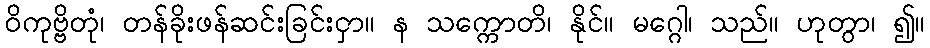
ဝိကုဗ္ဗိတုံ၊ တန်ခိုးဖန်ဆင်းခြင်းငှာ။ န သက္ကောတိ၊ နိုင်။ မဂ္ဂေါ၊ သည်။ ဟုတွာ၊ ၍။